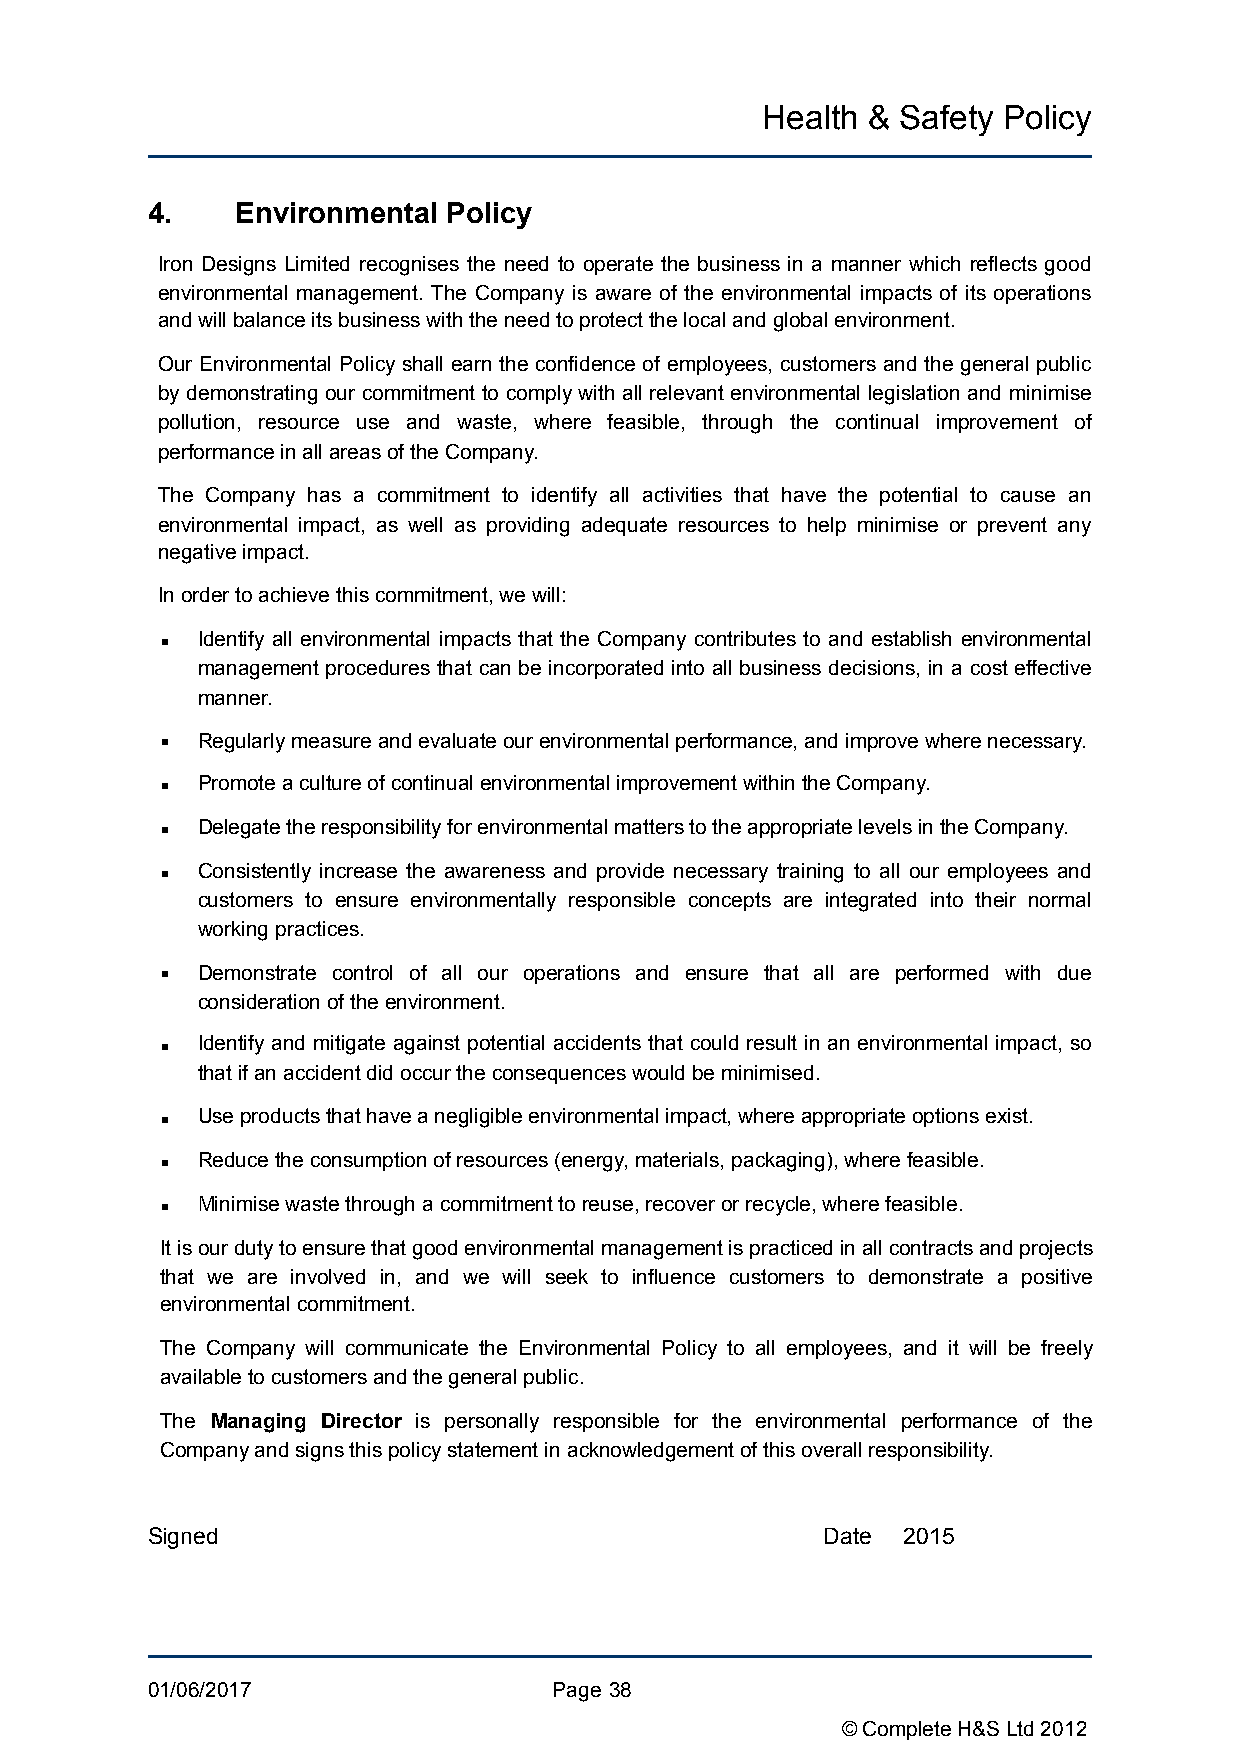
Health &  Safety Policy
 4.    Environmental Policy
 Iron Designs Limited recognises the need to operate the business in a manner which reflects good
 environmental management. The Company is aware of the environmental impacts of its operations
 and will balance its business with the need to protect the local and global environment.
 Our Environmental Policy shall earn the confidence of employees, customers and the general public
 by demonstrating our commitment to comply with all relevant environmental legislation and minimise
 pollution, resource use and waste, where feasible, through the continual improvement of
 performance in all areas of the Company.
 The Company has a commitment to identify all activities that have the potential to cause an
 environmental impact, as well as providing adequate resources to help minimise or prevent any
 negative impact.
 In order to achieve this commitment, we will:
 ▪ Identify all environmental impacts that the Company contributes to and establish environmental
 management procedures that can be incorporated into all business decisions, in a cost effective
 manner.
 ▪ Regularly measure and evaluate our environmental performance, and improve where necessary.
 ▪ Promote a culture of continual environmental improvement within the Company.
 ▪ Delegate the responsibility for environmental matters to the appropriate levels in the Company.
 ▪ Consistently increase the awareness and provide necessary training to all our employees and
 customers to ensure environmentally responsible concepts are integrated into their normal
 working practices.
 ▪ Demonstrate control of all our operations and ensure that all are performed with due
 consideration of the environment.
 ▪ Identify and mitigate against potential accidents that could result in an environmental impact, so
 that if an accident did occur the consequences would be minimised.
 ▪ Use products that have a negligible environmental impact, where appropriate options exist.
 ▪ Reduce the consumption of resources (energy, materials, packaging), where feasible.
 ▪ Minimise waste through a commitment to reuse, recover or recycle, where feasible.
 It is our duty to ensure that good environmental management is practiced in all contracts and projects
 that we are involved in, and we will seek to influence customers to demonstrate a positive
 environmental commitment.
 The Company will communicate the Environmental Policy to all employees, and it will be freely
 available to customers and the general public.
 The Managing Director is personally responsible for the environmental performance of the
 Company and signs this policy statement in acknowledgement of this overall responsibility.
 Signed                                      Date  2015
 01/06/2017                 Page !38
 © Complete H&S Ltd 2012